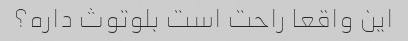
این واقعا راحت است بلوتوث داره؟